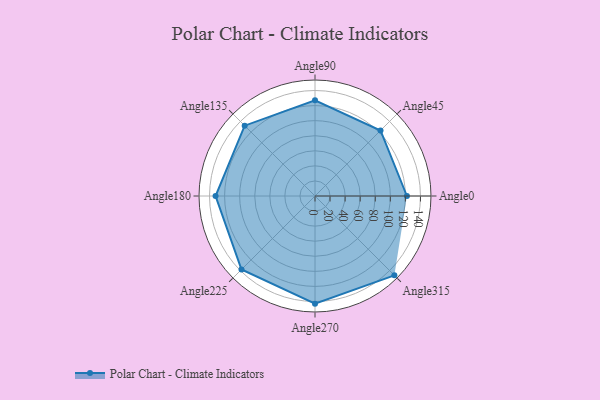
{"axis": {"x": "Angle", "y": "Radius"}, "legend": [""], "data": [{"x": "Angle0", "y": 122.0, "type": ""}, {"x": "Angle45", "y": 123.0, "type": ""}, {"x": "Angle90", "y": 127.0, "type": ""}, {"x": "Angle135", "y": 132.0, "type": ""}, {"x": "Angle180", "y": 132.0, "type": ""}, {"x": "Angle225", "y": 138.0, "type": ""}, {"x": "Angle270", "y": 143.0, "type": ""}, {"x": "Angle315", "y": 149.0, "type": ""}]}